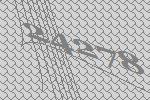
24278